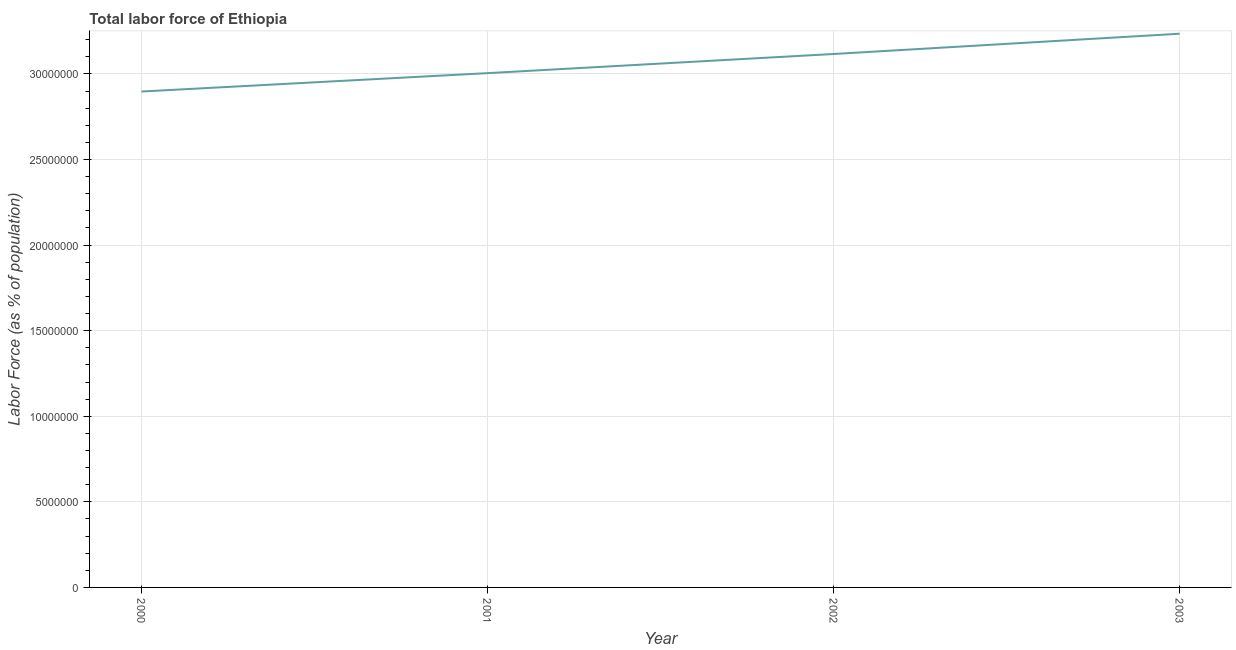
| Year | Labor force |
 | --- | --- |
 | 2000 | 2.9e+07 |
 | 2001 | 3e+07 |
 | 2002 | 3.12e+07 |
 | 2003 | 3.24e+07 |